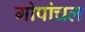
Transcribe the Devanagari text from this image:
गोपांचल